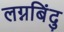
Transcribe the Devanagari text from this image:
लग्नबिंदु